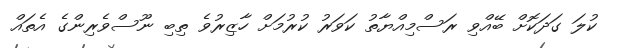
ކުލަ ގަދަކޮށް ބޭއްވި ރަސްމިއްޔާތު ކަވަރު ކުރުމަށް ހާޒިރުވެ ތިބި ނޫސްވެރިންގެ އެތައް